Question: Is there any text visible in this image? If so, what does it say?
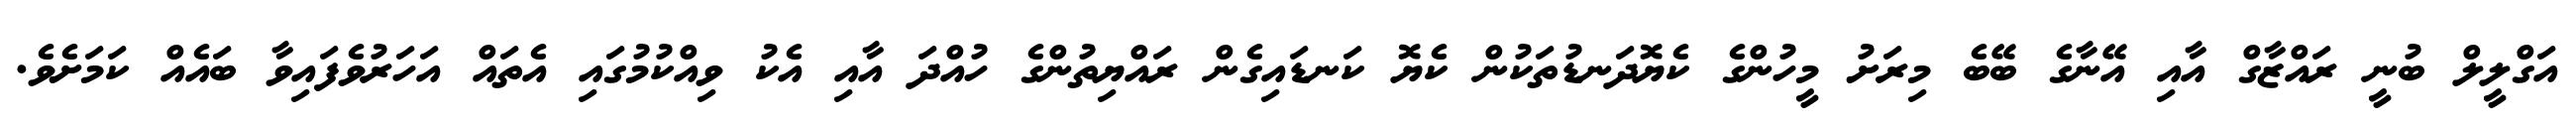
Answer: އަގްލީލް ބުނީ ރައްޒާގް އާއި އޭނާގެ ބޭބެ މިރަށު މީހުންގެ ކެޔޮދަނޑުތަކުން ކެޔޮ ކަނޑައިގެން ރައްޔިތުންގެ ހުއްދަ އާއި އެކު ވިއްކުމުގައި އެތައް އަހަރުވެފައިވާ ބައެއް ކަމަށެވެ.